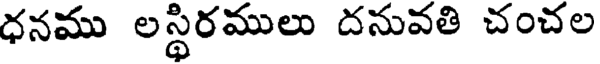
ధనము లస్థిరములు దనువతి చంచల